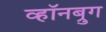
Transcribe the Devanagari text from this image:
व्हॉनब्रुग